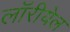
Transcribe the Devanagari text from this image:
लॉरीयेल